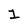
Character: 1